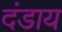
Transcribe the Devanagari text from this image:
दंडाय